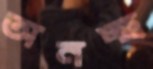
অনচ্ছ